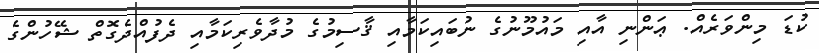
ކުޑަ މިންވަރެއް. ޢަންނި އާއި މައުމޫނުގެ ނުބައިކަމާއި ޤާސިމުގެ މުދާވެރިކަމާއި ދެފުއްދެގޮތް ޝޭހުންގެ